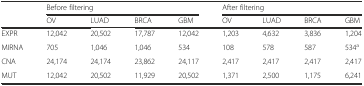
<table><thead><tr><td></td><td colspan="4"><b>Before filtering</b></td><td colspan="4"><b>After filtering</b></td></tr><tr><td></td><td><b>OV</b></td><td><b>LUAD</b></td><td><b>BRCA</b></td><td><b>GBM</b></td><td><b>OV</b></td><td><b>LUAD</b></td><td><b>BRCA</b></td><td><b>GBM</b></td></tr></thead><tbody><tr><td>EXPR</td><td>12,042</td><td>20,502</td><td>17,787</td><td>12,042</td><td>1,203</td><td>4,632</td><td>3,836</td><td>1,204</td></tr><tr><td>MIRNA</td><td>705</td><td>1,046</td><td>1,046</td><td>534</td><td>108</td><td>578</td><td>587</td><td>534<sup>a</sup></td></tr><tr><td>CNA</td><td>24,174</td><td>24,174</td><td>23,862</td><td>24,117</td><td>2,417</td><td>2,417</td><td>2,417</td><td>2,417</td></tr><tr><td>MUT</td><td>12,042</td><td>20,502</td><td>11,929</td><td>20,502</td><td>1,371</td><td>2,500</td><td>1,175</td><td>6,241</td></tr></tbody></table>